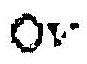
OV